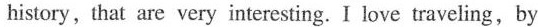
history,that are very interesting. I love traveling,by